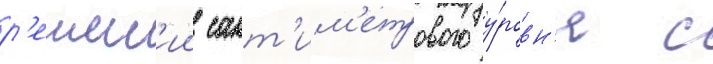
р'ешен'ии сант'им'етрового у́ровн'я с